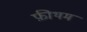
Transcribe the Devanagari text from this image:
फ़ीथम